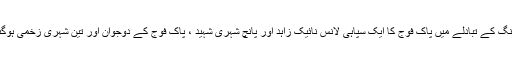
فائرنگ کے تبادلے میں پاک فوج کا ایک سپاہی لانس نائیک زاہد اور پانچ شہری شہید ، پاک فوج کے دوجوان اور تین شہری زخمی ہوگئے ۔